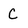
Character: C